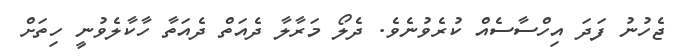
ޖެހުނު ފަދަ އިހްސާސެއް ކުރެވުނެވެ. ދެލޯ މަރާލާ ދެއަތް ދެއަތާ ހާކާލެވުނީ ހިތަށް